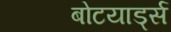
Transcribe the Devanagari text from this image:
बोटयार्ड्स